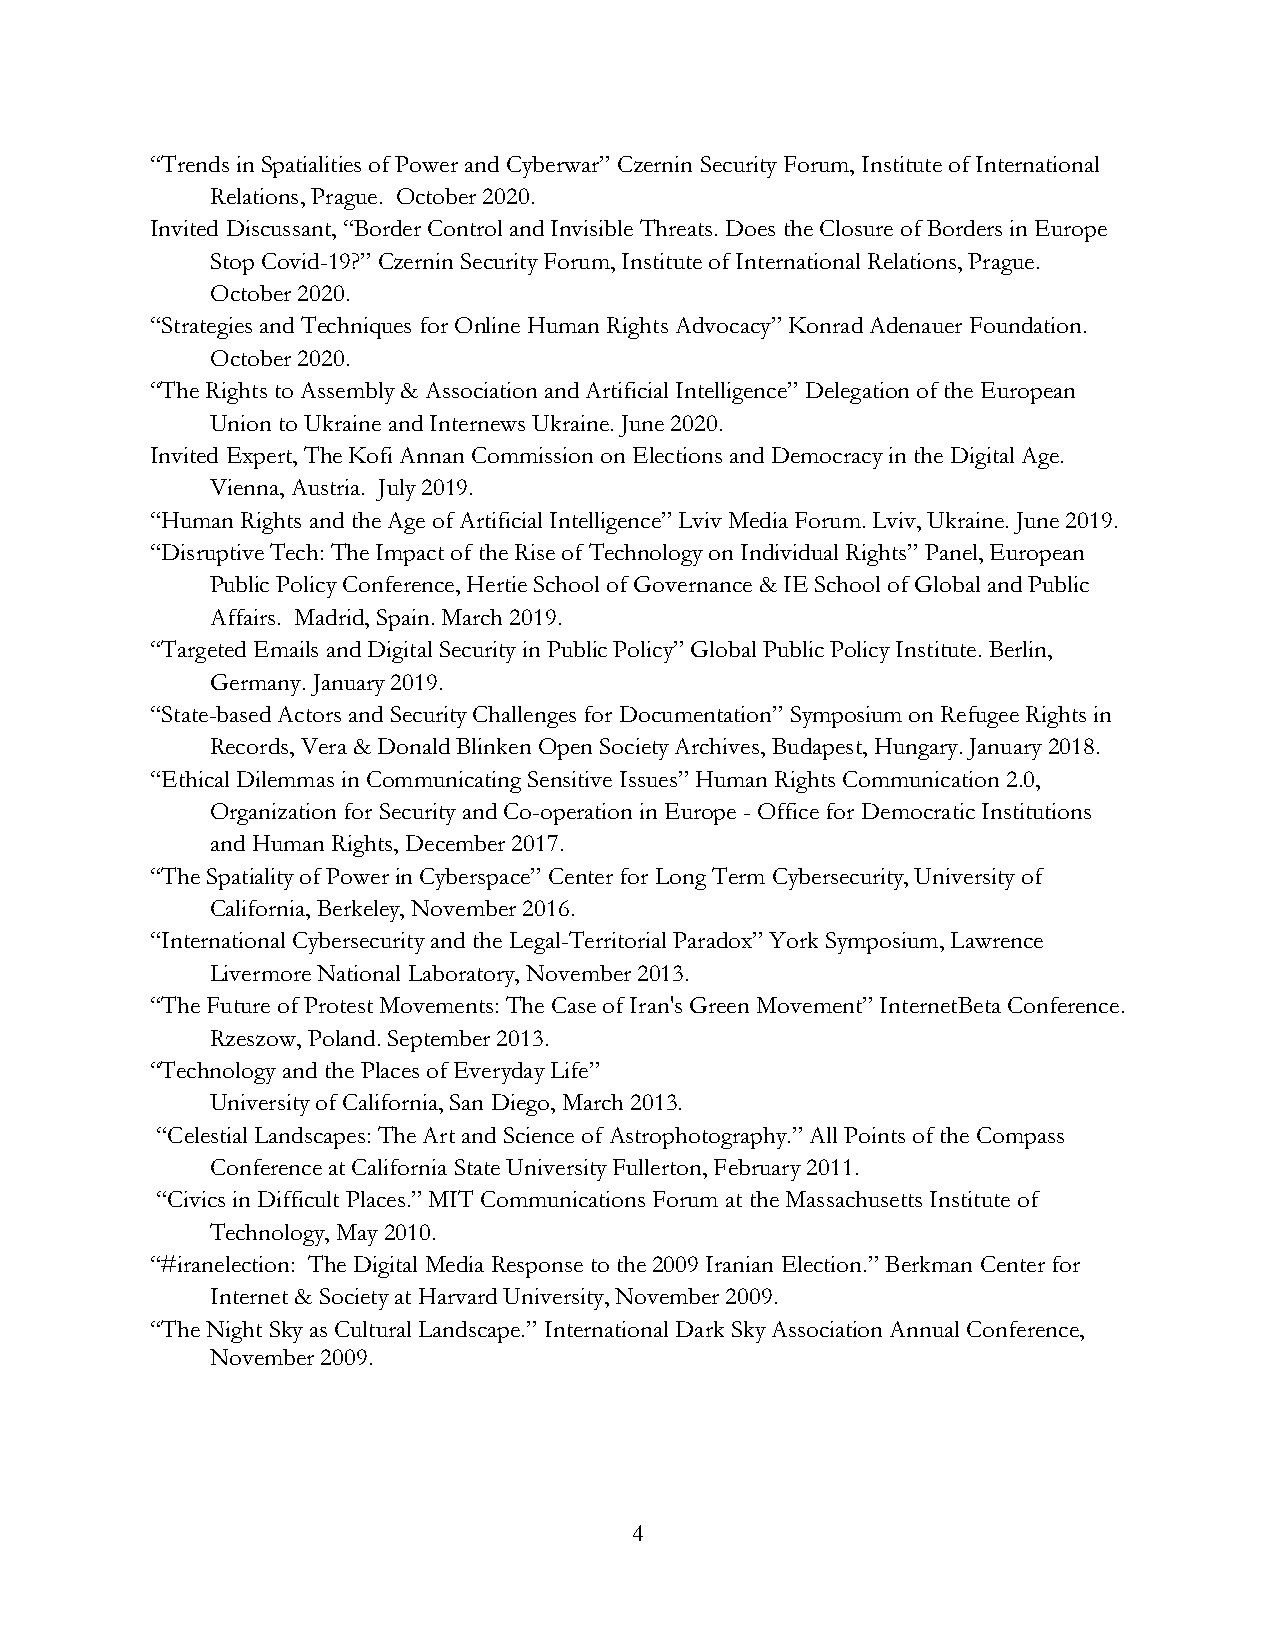
“Trends in Spatialities of Power and Cyberwar” Czernin Security Forum, Institute of International
 Relations, Prague. October 2020.
 Invited Discussant, “Border Control and Invisible Threats. Does the Closure of Borders in Europe
 Stop Covid-19?” Czernin Security Forum, Institute of International Relations, Prague.
 October 2020.
 “Strategies and Techniques for Online Human Rights Advocacy” Konrad Adenauer Foundation.
 October 2020.
 “The Rights to Assembly & Association and Artificial Intelligence” Delegation of the European
 Union to Ukraine and Internews Ukraine. June 2020.
 Invited Expert, The Kofi Annan Commission on Elections and Democracy in the Digital Age.
 Vienna, Austria. July 2019.
 “Human Rights and the Age of Artificial Intelligence” Lviv Media Forum. Lviv, Ukraine. June 2019.
 “Disruptive Tech: The Impact of the Rise of Technology on Individual Rights” Panel, European
 Public Policy Conference, Hertie School of Governance & IE School of Global and Public
 Affairs. Madrid, Spain. March 2019.
 “Targeted Emails and Digital Security in Public Policy” Global Public Policy Institute. Berlin,
 Germany. January 2019.
 “State-based Actors and Security Challenges for Documentation” Symposium on Refugee Rights in
 Records, Vera & Donald Blinken Open Society Archives, Budapest, Hungary. January 2018.
 “Ethical Dilemmas in Communicating Sensitive Issues” Human Rights Communication 2.0,
 Organization for Security and Co-operation in Europe - Office for Democratic Institutions
 and Human Rights, December 2017.
 “The Spatiality of Power in Cyberspace” Center for Long Term Cybersecurity, University of
 California, Berkeley, November 2016.
 “International Cybersecurity and the Legal-Territorial Paradox” York Symposium, Lawrence
 Livermore National Laboratory, November 2013.
 “The Future of Protest Movements: The Case of Iran's Green Movement” InternetBeta Conference.
 Rzeszow, Poland. September 2013.
 “Technology and the Places of Everyday Life”
 University of California, San Diego, March 2013.
 “Celestial Landscapes: The Art and Science of Astrophotography.” All Points of the Compass
 Conference at California State University Fullerton, February 2011.
 “Civics in Difficult Places.” MIT Communications Forum at the Massachusetts Institute of
 Technology, May 2010.
 “#iranelection: The Digital Media Response to the 2009 Iranian Election.” Berkman Center for
 Internet & Society at Harvard University, November 2009.
 “The Night Sky as Cultural Landscape.” International Dark Sky Association Annual Conference,
 November 2009.
 4